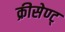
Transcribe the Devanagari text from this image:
क्रीसेण्ट्